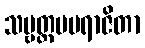
သဗ္ဗတ္ထမပရာဇိတာ